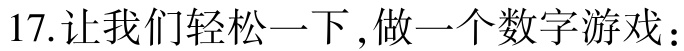
17.让我们轻松一下,做一个数字游戏：